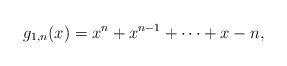
LaTeX: \begin{align*}g_{1,n}(x)=x^{n}+x^{n-1}+\cdots +x-n,\end{align*}